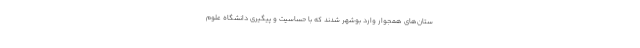
ستان‌های همجوار وارد بوشهر شدند که با حساسیت و پیگیری دانشگاه علوم